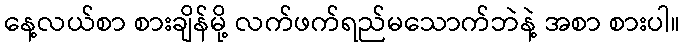
နေ့လယ်စာ စားချိန်မို့ လက်ဖက်ရည်မသောက်ဘဲနဲ့ အစာ စားပါ။